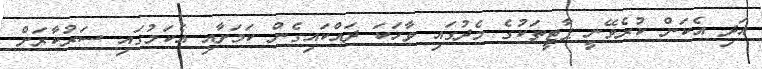
އަދި އެކަން ކުރެވޭނީ ޕާޓީތަކުގެ މެދުގައި ވާހަކަ ދައްކައިގެން ކަމަށާއި އެކަމުގައި ސަރުކާރަށް